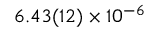
6 . 4 3 ( 1 2 ) \times 1 0 ^ { - 6 }